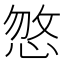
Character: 𢜕